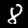
Digit: 8